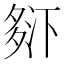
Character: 𰋒